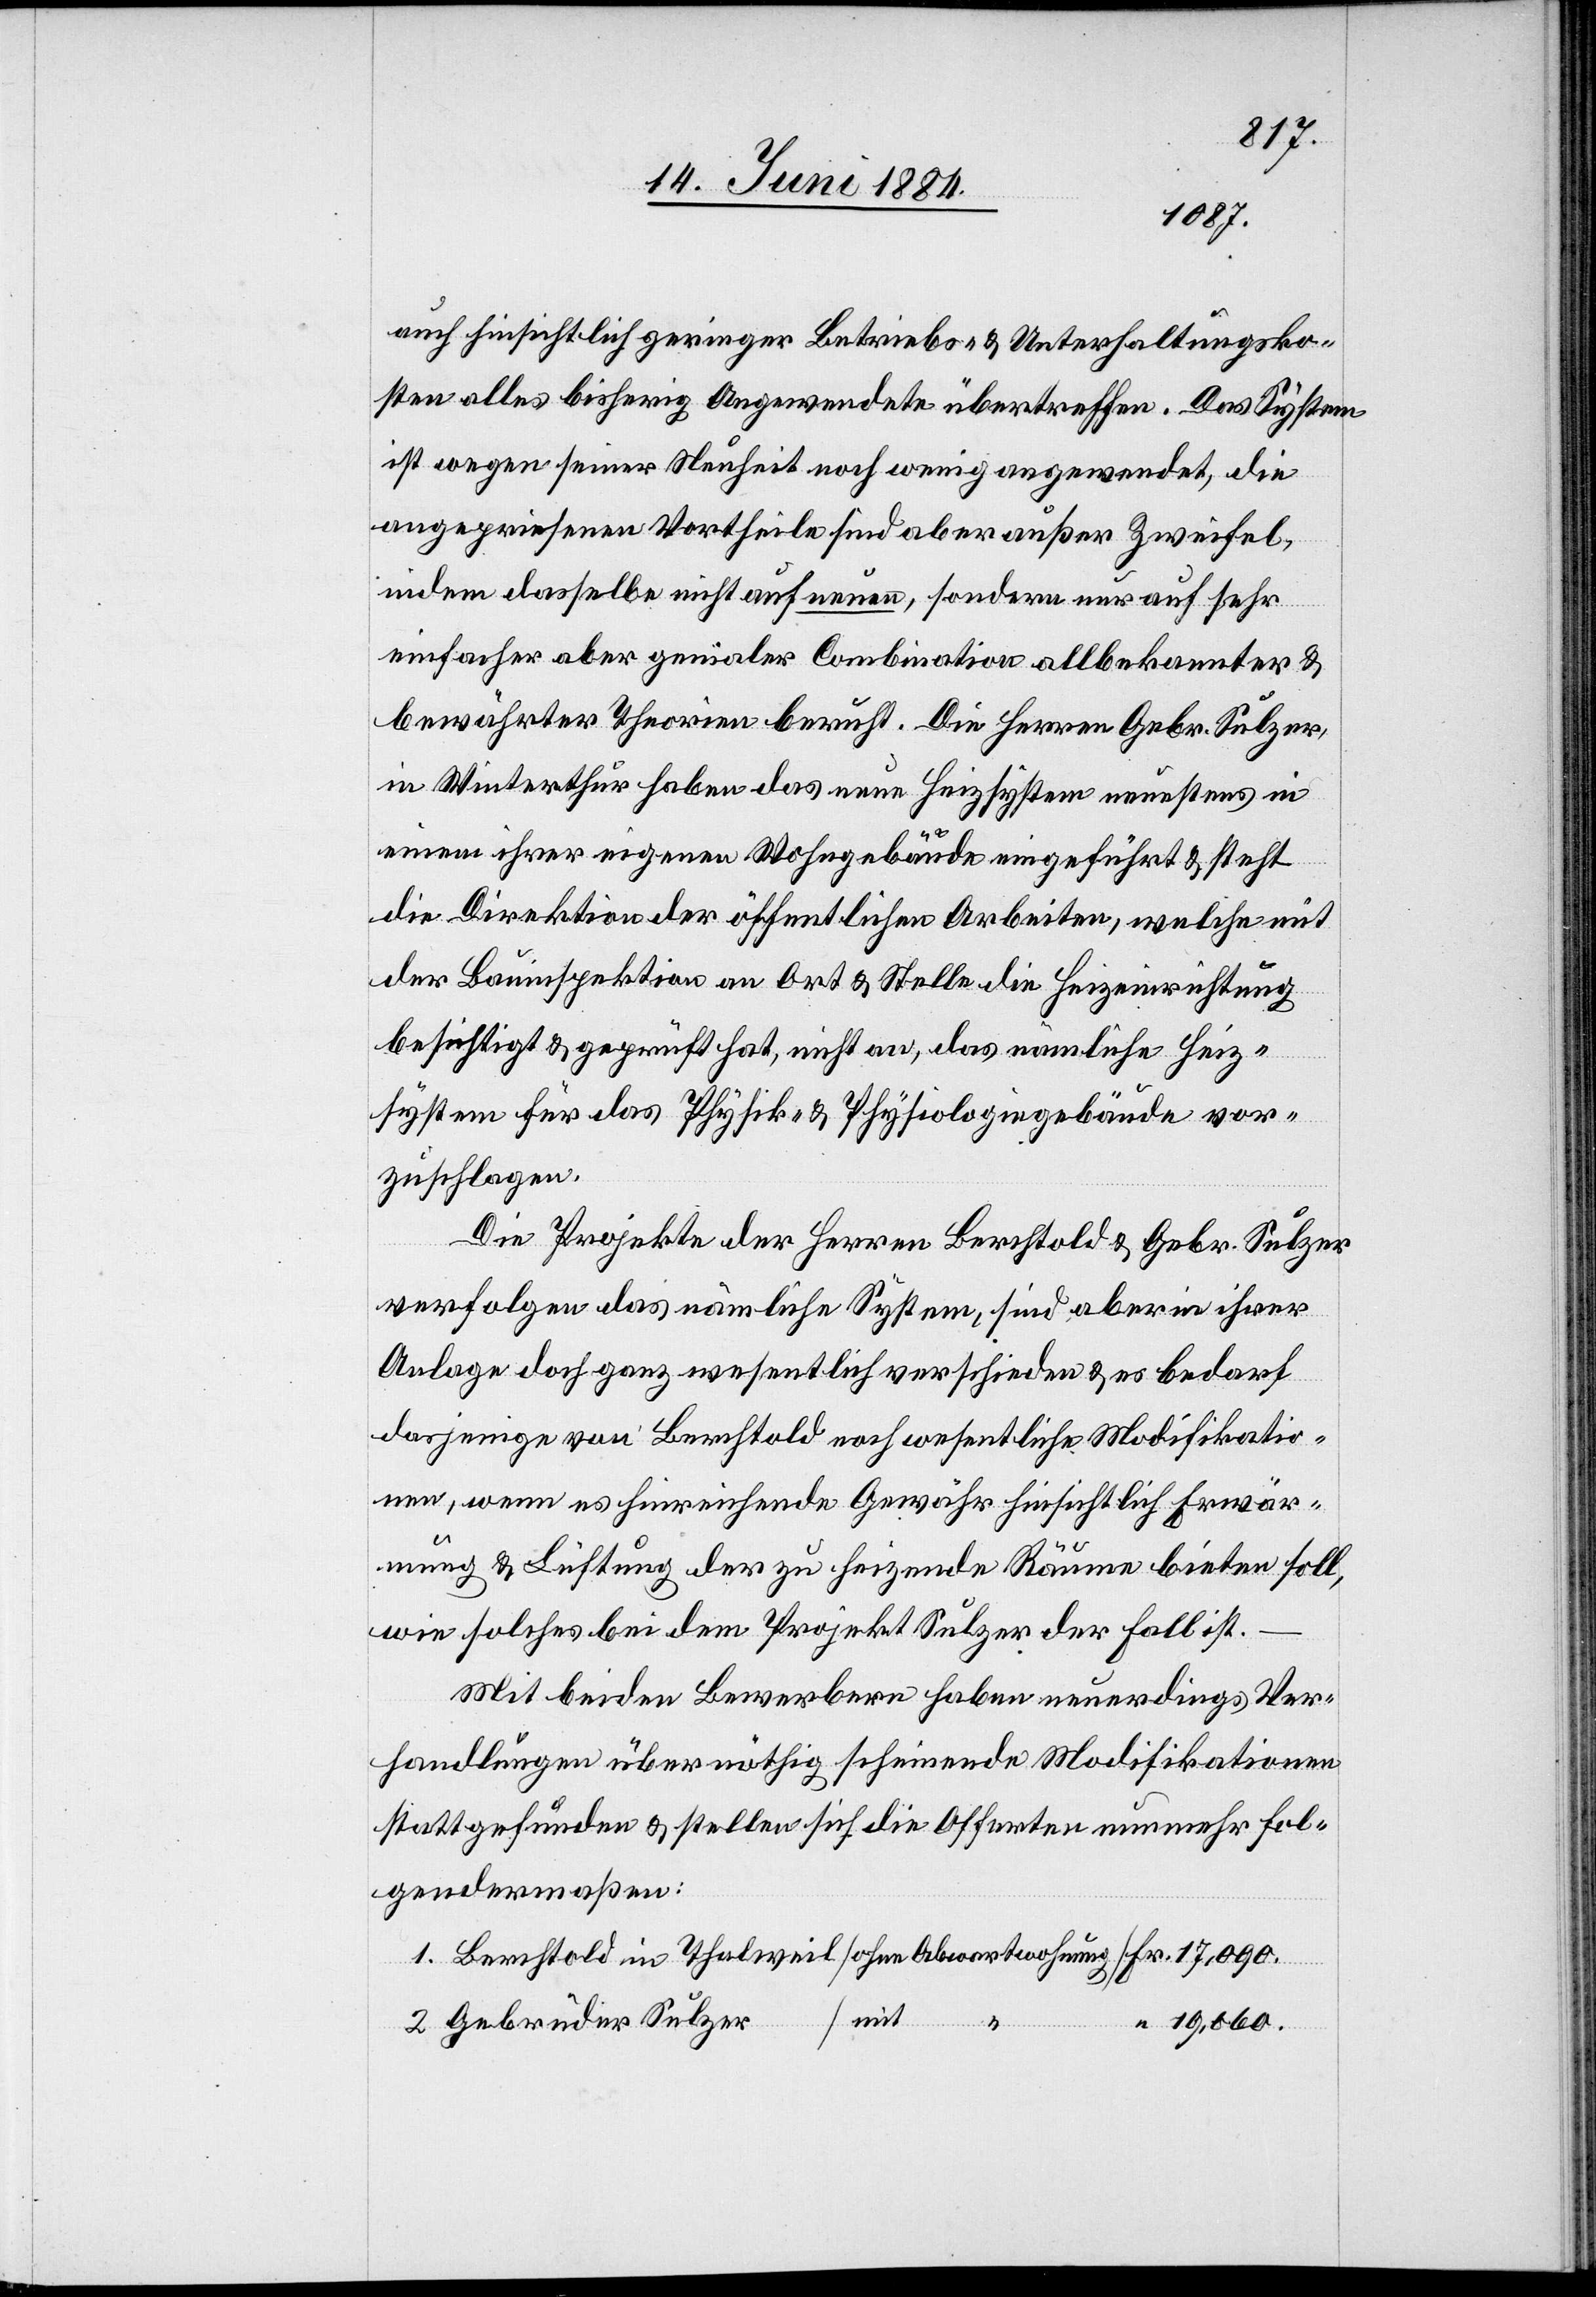
17,090.
auch hinsichtlich geringer Betriebs- & Unterhaltungsko¬
sten alles bisherig Angewendete übertreffen. Das System
ist wegen seiner Neuheit noch wenig angewendet, die
angepriesenen Vortheile sind aber außer Zweifel,
indem dasselbe nicht auf neuen, sondern nur auf sehr
einfacher aber genialer Combination allbekannter &
bewährter Theorien beruft. Die Herren Gebr. Sulzer,
in Winterthur haben das neue Heizsystem neuestens in
einem ihrer eigenen Wohngebäude eingeführt & steht
die Direktion der öffentlichen Arbeiten, welche mit
der Bauinspektion an Ort & Stelle die Heizeinrichtung
besichtigt & geprüft hat, nicht an, das nämliche Heiz¬
system für das Physik- & Physiologiegebäude vor¬
zuschlagen.
Die Projekte der Herren Berchtold & Gebr. Sulzer
verfolgen das nämliche System, sind aber in ihrer
Anlage doch ganz wesentlich verschieden & es bedarf
dasjenige von Berchtold noch wesentlicher Modifikatio¬
nen, wenn es hinreichende Gewähr hinsichtlich Erwär¬
mung & Lüftung der zu heizende[n] Räume bieten soll,
wie solches bei dem Projekt Sulzer der Fall ist.
Mit beiden Bewerbern haben neuerdings Ver¬
handlungen über nöthig scheinende Modifikationen
stattgefunden & stellen sich die Offerten nunmehr fol¬
gendermaßen:
Gebrüder Sulzer /
19,060.
2.